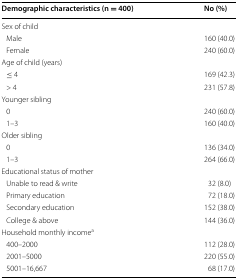
| Demographic characteristics (n = 400) | No (%) |
 | --- | --- |
 | <COLSPAN=2> Sex of child |
 | Male | 160 (40.0) |
 | Female | 240 (60.0) |
 | <COLSPAN=2> Age of child (years) |
 | ≤ 4 | 169 (42.3) |
 | > 4 | 231 (57.8) |
 | <COLSPAN=2> Younger sibling |
 | 0 | 240 (60.0) |
 | 1–3 | 160 (40.0) |
 | <COLSPAN=2> Older sibling |
 | 0 | 136 (34.0) |
 | 1–3 | 264 (66.0) |
 | <COLSPAN=2> Educational status of mother |
 | Unable to read & write | 32 (8.0) |
 | Primary education | 72 (18.0) |
 | Secondary education | 152 (38.0) |
 | College & above | 144 (36.0) |
 | <COLSPAN=2> Household monthly incomea |
 | 400–2000 | 112 (28.0) |
 | 2001–5000 | 220 (55.0) |
 | 5001–16,667 | 68 (17.0) |